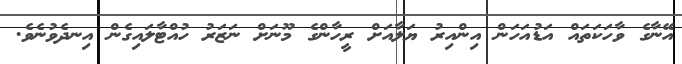
އޭނާގެ ވާހަކަތައް އަޑުއަހަން އިންއިރު ޔަލާއަށް ރީހާންގެ މޫނަށް ނަޒަރު ހުއްޓާލައިގެން އިނދެވުނެވެ.